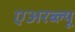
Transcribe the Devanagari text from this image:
एअरब्ल्यू